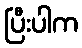
ပြီးပါက